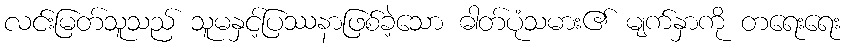
လင်းမြတ်သူသည် သူမနှင့်ပြဿနာဖြစ်ခဲ့သော ဓါတ်ပုံသမား၏ မျက်နှာကို တရေးရေး